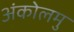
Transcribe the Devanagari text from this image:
अंकोलमु